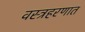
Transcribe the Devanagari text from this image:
वस्त्रहरणात